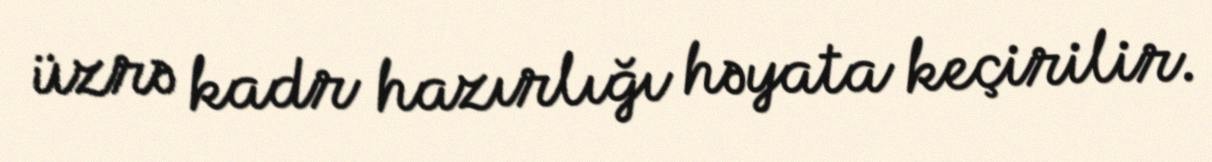
üzrə kadr hazırlığı həyata keçirilir.